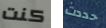
كنت حددت